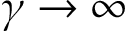
\gamma \to \infty